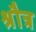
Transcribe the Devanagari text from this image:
श्रौत्र